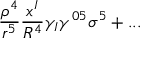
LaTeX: \frac { \rho ^ { 4 } } { r ^ { 5 } } \frac { x ^ { I } } { R ^ { 4 } } \gamma _ { I } \gamma ^ { 0 5 } \sigma ^ { 5 } + . . .